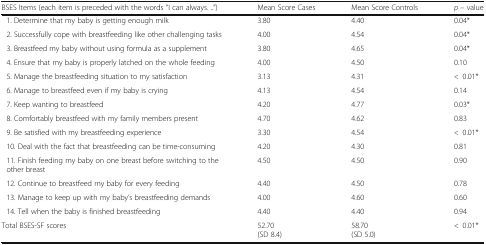
<table><thead><tr><td><b>BSES Items (each item is preceded with the words “I can always. ..”)</b></td><td><b>Mean Score Cases</b></td><td><b>Mean Score Controls</b></td><td><b><i>p</i> – value</b></td></tr></thead><tbody><tr><td> 1. Determine that my baby is getting enough milk</td><td>3.80</td><td>4.40</td><td>0.04*</td></tr><tr><td> 2. Successfully cope with breastfeeding like other challenging tasks</td><td>4.00</td><td>4.54</td><td>0.04*</td></tr><tr><td> 3. Breastfeed my baby without using formula as a supplement</td><td>3.80</td><td>4.65</td><td>0.04*</td></tr><tr><td> 4. Ensure that my baby is properly latched on the whole feeding</td><td>4.00</td><td>4.50</td><td>0.10</td></tr><tr><td> 5. Manage the breastfeeding situation to my satisfaction</td><td>3.13</td><td>4.31</td><td>&lt;0.01*</td></tr><tr><td> 6. Manage to breastfeed even if my baby is crying</td><td>4.13</td><td>4.54</td><td>0.14</td></tr><tr><td> 7. Keep wanting to breastfeed</td><td>4.20</td><td>4.77</td><td>0.03*</td></tr><tr><td> 8. Comfortably breastfeed with my family members present</td><td>4.70</td><td>4.62</td><td>0.83</td></tr><tr><td> 9. Be satisfied with my breastfeeding experience</td><td>3.30</td><td>4.54</td><td>&lt;0.01*</td></tr><tr><td> 10. Deal with the fact that breastfeeding can be time-consuming</td><td>4.20</td><td>4.30</td><td>0.81</td></tr><tr><td> 11. Finish feeding my baby on one breast before switching to the other breast</td><td>4.50</td><td>4.50</td><td>0.90</td></tr><tr><td> 12. Continue to breastfeed my baby for every feeding</td><td>4.40</td><td>4.50</td><td>0.78</td></tr><tr><td> 13. Manage to keep up with my baby’s breastfeeding demands</td><td>4.00</td><td>4.60</td><td>0.60</td></tr><tr><td> 14. Tell when the baby is finished breastfeeding</td><td>4.40</td><td>4.40</td><td>0.94</td></tr><tr><td>Total BSES-SF scores</td><td>52.70(SD 8.4)</td><td>58.70(SD 5.0)</td><td>&lt;0.01*</td></tr></tbody></table>